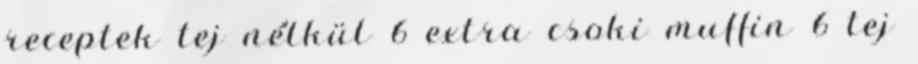
receptek tej nélkül 6 extra csoki muffin 6 tej